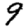
Digit: 9